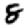
Digit: 8